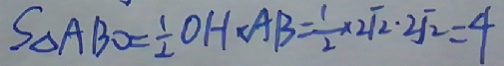
S \Delta A B O = \frac { 1 } { 2 } O H \cdot A B = \frac { 1 } { 2 } \times \sqrt [ 2 ] { 2 } . \sqrt [ 2 ] { 2 } = 4